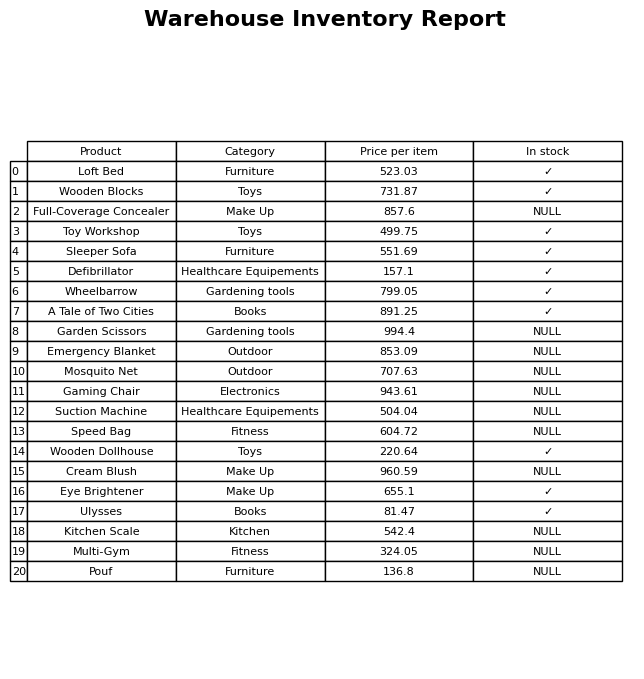
question: Is the Wooden Blocks in stock?
answer: ✓